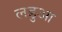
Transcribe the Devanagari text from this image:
लडुआ